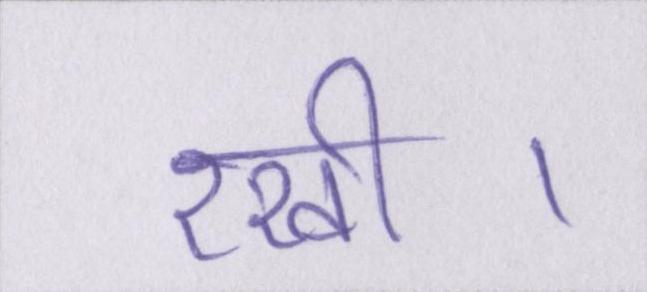
रखी।